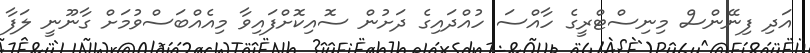
އަދި ފިނޭންސް މިނިސްޓްރީގެ ހާއްސަ ހުއްދައިގެ ދަށުން ސޮއިކޮށްފައިވާ މިއެއްބަސްވުމަށް ގާނޫނީ ލަފާ